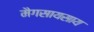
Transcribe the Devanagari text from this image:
मैगसायसाय